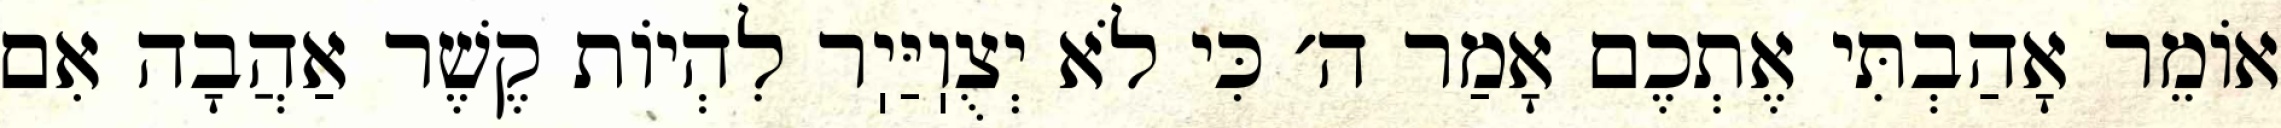
אוֹמֵר אָהַבְתִּי אֶתְכֶם אָמַר ה׳ כִּי לֹא יְצֻוֽיַּיֽר לִהְיוֹת קֶשֶׁר אַהֲבָה אִם